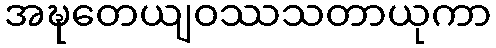
အဍ္ဎတေယျဝဿသတာယုကာ